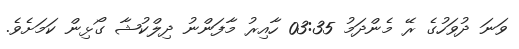
ވަނަ ދުވަހުގެ ރޭ މެންދަމު 03:35 ހާއިރު މާފަންނު ދިލްކުޝާ ގޯޅިން ކަމަށެވެ.